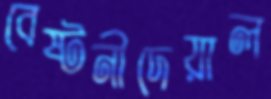
বেষ্টনীদেয়াল